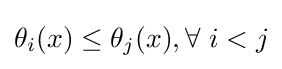
\theta _{i}(x)\leq \theta _{j}(x),\forall ~i<j